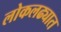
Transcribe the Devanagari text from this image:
लोकलढ्यात